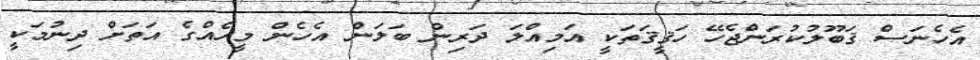
އެހެނަސް ޤަބޫލުކުރަންޖެހޭ ހަޤީޤަތަކީ އަމިއްލަ ދަރިން ބަލަން އެހެން މީހެއްގެ އަތަށް ދިނުމަކީ